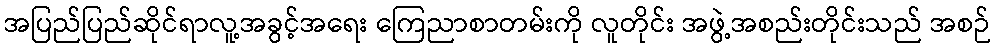
အပြည်ပြည်ဆိုင်ရာလူ့အခွင့်အရေး ကြေညာစာတမ်းကို လူတိုင်း အဖွဲ့အစည်းတိုင်းသည် အစဉ်